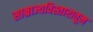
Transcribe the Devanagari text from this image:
साम्राज्यविस्तारातून